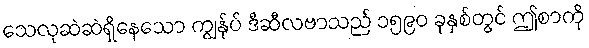
သေလုဆဲဆဲရှိနေသော ကျွန်ုပ် ဒီဆီလဗာသည် ၁၅၉၀ ခုနှစ်တွင် ဤစာကို